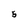
Character: 5